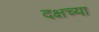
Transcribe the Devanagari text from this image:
दक्षच्या